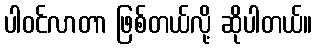
ပါဝင်လာတာ ဖြစ်တယ်လို့ ဆိုပါတယ်။